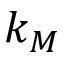
k _ { M }